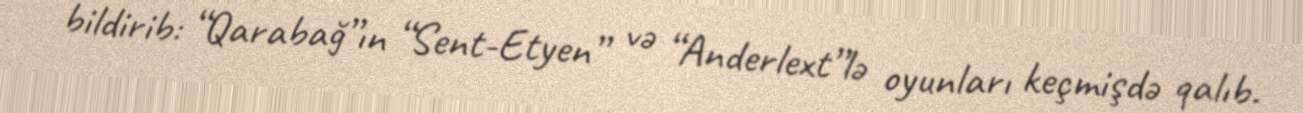
bildirib: “Qarabağ”ın “Sent-Etyen” və “Anderlext”lə oyunları keçmişdə qalıb.